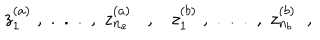
z _ { 1 } ^ { ( a ) } \; , \; . \; . \; . \; , \; z _ { n _ { a } } ^ { ( a ) } , z _ { 1 } ^ { ( b ) } \; , \; . \; . \; . \; , \; z _ { n _ { b } } ^ { ( b ) } \; \; ,